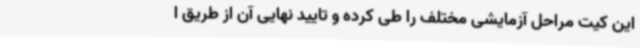
این کیت مراحل آزمایشی مختلف را طی کرده و تایید نهایی آن از طریق ا